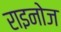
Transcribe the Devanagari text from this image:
राइनोज